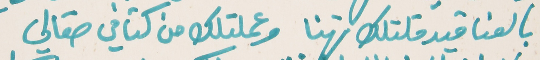
بالعناقيد قلتلك تهنا   وعملتلك من كتافي صقالي